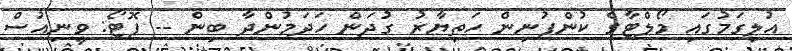
އުލިގަމުގައި މޯލްޓާގެ ކުންފުނިން ހަތިޔާރު ގުދަން ހަދަމުންދާ ބިން -- ފޮޓޯ: ވީނިއުސް